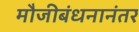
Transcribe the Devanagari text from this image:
मौजीबंधनानंतर